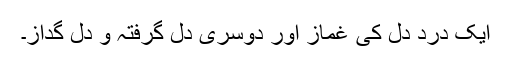
ایک دردِ دل کی غمّاز اور دوسری دل گرفتہ و دل گداز۔